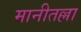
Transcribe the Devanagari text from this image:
मानीतल्ला